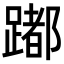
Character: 𨅮